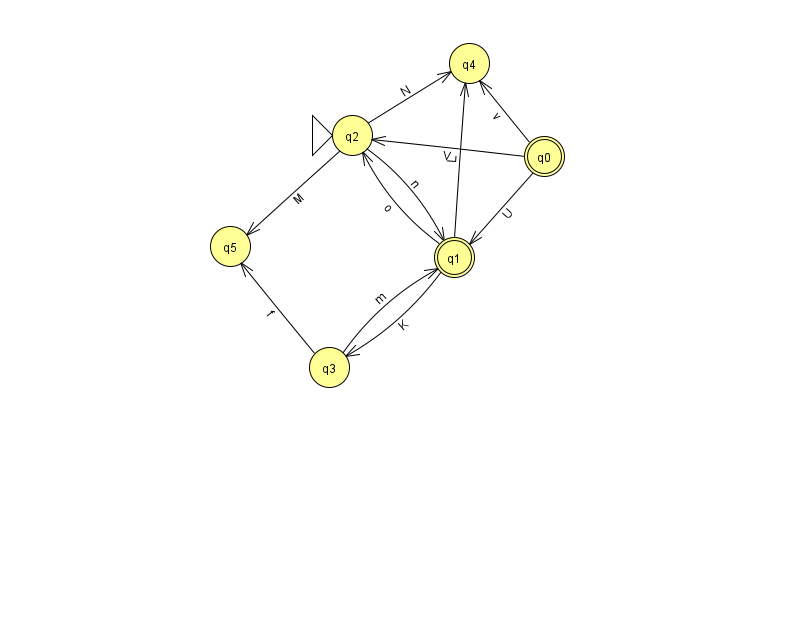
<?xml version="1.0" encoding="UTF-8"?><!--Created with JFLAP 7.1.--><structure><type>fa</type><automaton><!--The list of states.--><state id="0" name="q0"><x>544.0</x><y>143.0</y><final/></state><state id="1" name="q1"><x>454.0</x><y>244.0</y><final/></state><state id="2" name="q2"><x>352.0</x><y>122.0</y><initial/></state><state id="3" name="q3"><x>329.0</x><y>354.0</y></state><state id="4" name="q4"><x>469.0</x><y>50.0</y></state><state id="5" name="q5"><x>230.0</x><y>233.0</y></state><!--The list of transitions.--><transition><from>3</from><to>5</to><read>f</read></transition><transition><from>2</from><to>5</to><read>M</read></transition><transition><from>1</from><to>3</to><read>K</read></transition><transition><from>3</from><to>1</to><read>m</read></transition><transition><from>0</from><to>4</to><read>v</read></transition><transition><from>2</from><to>4</to><read>N</read></transition><transition><from>1</from><to>4</to><read>L</read></transition><transition><from>1</from><to>2</to><read>o</read></transition><transition><from>0</from><to>1</to><read>U</read></transition><transition><from>0</from><to>2</to><read>V</read></transition><transition><from>2</from><to>1</to><read>n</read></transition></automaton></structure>